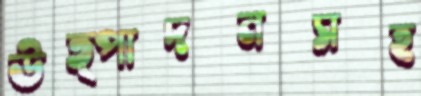
উত্পাদনসহ